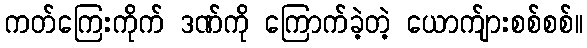
ကတ်ကြေးကိုက် ဒဏ်ကို ကြောက်ခဲ့တဲ့ ယောက်ျားစစ်စစ်။